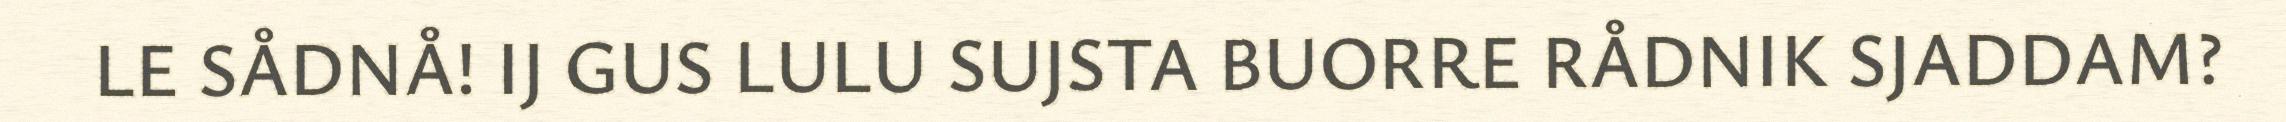
LE SÅDNÅ! IJ GUS LULU SUJSTA BUORRE RÅDNIK SJADDAM?